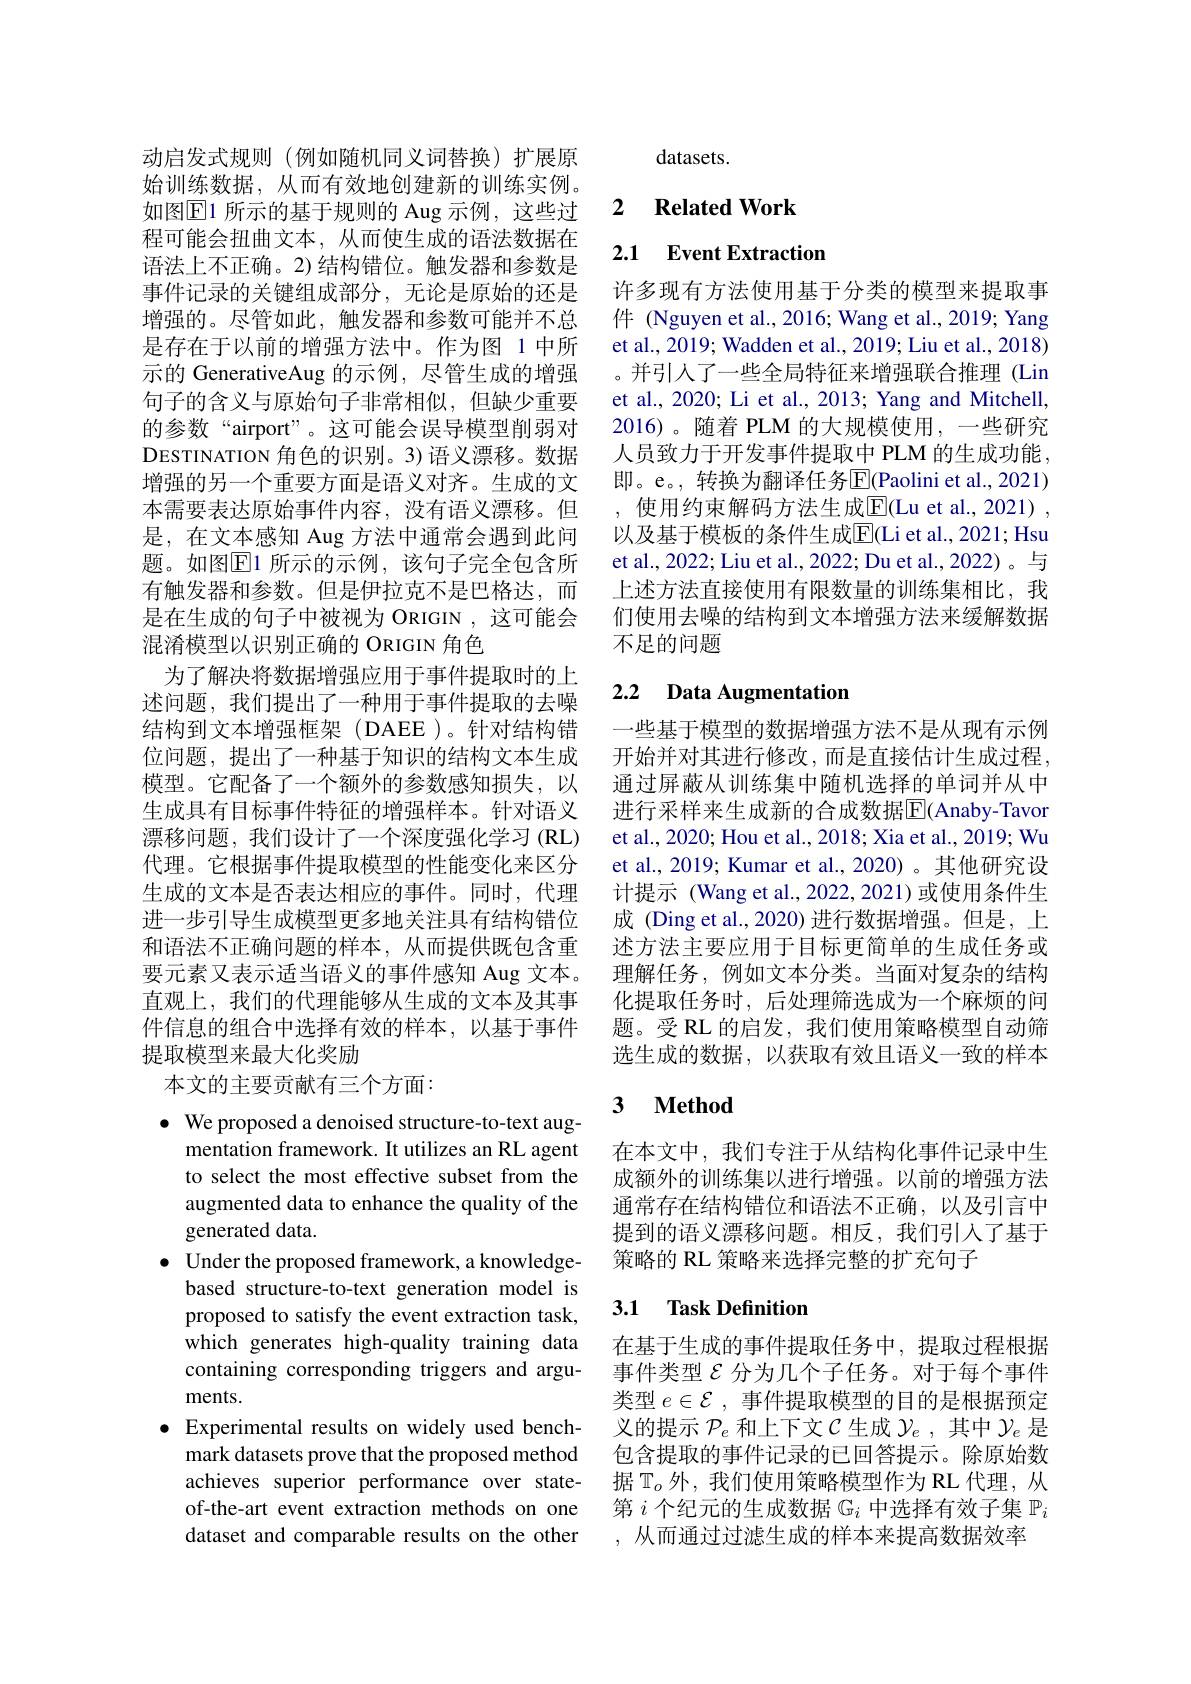
动启发式规则(例如随机同义词替换)扩展原始训练数据，从而有效地创建新的训练实例。如图$\boxed{\mathrm{E}}1$ 所示的基于规则的 Aug 示例，这些过程可能会扭曲文本，从而使生成的语法数据在语法上不正确。2)结构错位。触发器和参数是事件记录的关键组成部分，无论是原始的还是增强的。尽管如此，触发器和参数可能并不总是存在于以前的增强方法中。作为图 1 中所示的 GenerativeAug 的示例，尽管生成的增强句子的含义与原始句子非常相似，但缺少重要的参数“airport”。这可能会误导模型削弱对DESTINATION 角色的识别。3)语义漂移。数据增强的另一个重要方面是语义对齐。生成的文本需要表达原始事件内容，没有语义漂移。但是，在文本感知 Aug 方法中通常会遇到此问题。如图$\overline{\mathrm{E}}$1 所示的示例，该句子完全包含所有触发器和参数。但是伊拉克不是巴格达，而是在生成的句子中被视为 ORIGIN ,这可能会混淆模型以识别正确的 ORIGIN 角色
为了解决将数据增强应用于事件提取时的上述问题，我们提出了一种用于事件提取的去噪结构到文本增强框架(DAEE)。针对结构错位问题，提出了一种基于知识的结构文本生成模型。它配备了一个额外的参数感知损失，以生成具有目标事件特征的增强样本。针对语义漂移问题，我们设计了一个深度强化学习 (RL) 代理。它根据事件提取模型的性能变化来区分生成的文本是否表达相应的事件。同时，代理进一步引导生成模型更多地关注具有结构错位和语法不正确问题的样本，从而提供既包含重要元素又表示适当语义的事件感知 Aug 文本。直观上，我们的代理能够从生成的文本及其事件信息的组合中选择有效的样本，以基于事件提取模型来最大化奖励
本文的主要贡献有三个方面：

$\bullet$ We proposed a denoised structure-to-text aug-
mentation framework. It utilizes an RL agent to select the most effective subset from the augmented data to enhance the quality of the generated data.
$\bullet$ Under the proposed framework, a knowledge-
based structure-to-text generation model is proposed to satisfy the event extraction task, which generates high-quality training data containing corresponding triggers and arguments.
$\bullet$ Experimental results on widely used bench-
mark datasets prove that the proposed method achieves superior performance over stateof-the-art event extraction methods on one dataset and comparable results on the other

datasets.

## 2 $\textbf{Related Work}$

2.1 Event Extraction

许多现有方法使用基于分类的模型来提取事件 (Nguyen et al., 2016; Wang et al., 2019; Yang et al., 2019; Wadden et al., 2019; Liu et al., 2018) 。并引人了一些全局特征来增强联合推理 (Lin et al., 2020; Li et al., 2013; Yang and Mitchell, 2016)。随着 PLM 的大规模使用，一些研究人员致力于开发事件提取中 PLM 的生成功能， 即。e。, 转换为翻译任务$\overline{\mathrm{E}}$(Paolini et al., 2021) , 使用约束解码方法生成$\overline{\mathrm{E}}($Lu et al.,2021) , 以及基于模板的条件生成$\overline{\mathrm{E}}$(Li et al., 2021; Hsu et al., 2022; Liu et al., 2022; Du et al., 2022)。与上述方法直接使用有限数量的训练集相比，我们使用去噪的结构到文本增强方法来缓解数据不足的问题

### 2.2 $\textbf{Data Augmentation}$

一些基于模型的数据增强方法不是从现有示例开始并对其进行修改，而是直接估计生成过程， 通过屏蔽从训练集中随机选择的单词并从中进行采样来生成新的合成数据$\overline{\mathbb{F}}$(Anaby-Tavor et al., 2020; Hou et al., 2018; Xia et al., 2019; Wu et al., 2019; Kumar et al., 2020) 。其他研究设计提示 (Wang et al.,2022,2021)或使用条件生成 (Ding et al.,2020)进行数据增强。但是，上述方法主要应用于目标更简单的生成任务或理解任务，例如文本分类。当面对复杂的结构化提取任务时，后处理筛选成为一个麻烦的问题。受 RL 的启发，我们使用策略模型自动筛选生成的数据，以获取有效且语义一致的样本

# 3 $\textbf{Method}$

在本文中，我们专注于从结构化事件记录中生成额外的训练集以进行增强。以前的增强方法通常存在结构错位和语法不正确，以及引言中提到的语义漂移问题。相反，我们引入了基于策略的 RL 策略来选择完整的扩充句子

## 3.1 Task Definition

在基于生成的事件提取任务中，提取过程根据事件类型$\varepsilon$分为几个子任务。对于每个事件类型$e\in\mathcal{E}$,事件提取模型的目的是根据预定义的提示$\mathcal{P}_e$和上下文$\mathcal{C}$生成$\mathcal{Y}_e$,其中$\mathcal{Y}_e$是包含提取的事件记录的已回答提示。除原始数据$\mathbb{T}_o$外，我们使用策略模型作为 RL 代理，从第$i$个纪元的生成数据$\mathbb{G}_i$中选择有效子集$\mathbb{P}_i$ ,从而通过过滤生成的样本来提高数据效率